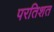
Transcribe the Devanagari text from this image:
परतिशत